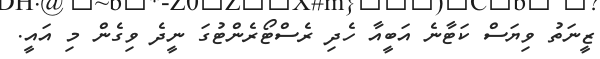
ޒީނަތު ވިޔަސް ކަޓާނެ އަބީއާ ހެދި ރެސްޓޯރެންޓުގަ ނީދެ ވިގެން މި އައީ.